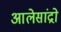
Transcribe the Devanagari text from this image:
आलेसांद्रो